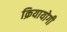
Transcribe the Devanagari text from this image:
क्रियायोगी